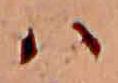
ハ